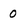
Character: 0